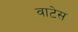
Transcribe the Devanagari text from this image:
वाटेस